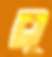
ব্লু